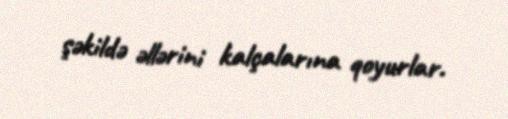
şəkildə əllərini kalçalarına qoyurlar.